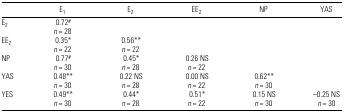
<table><thead><tr><td></td><td><b>E<sub>1</sub></b></td><td><b>E<sub>2</sub></b></td><td><b>EE<sub>2</sub></b></td><td><b>NP</b></td><td><b>YAS</b></td></tr></thead><tbody><tr><td>E<sub>2</sub></td><td>0.72#</td><td></td><td></td><td></td><td></td></tr><tr><td></td><td><i>n</i> = 28</td><td></td><td></td><td></td><td></td></tr><tr><td>EE<sub>2</sub></td><td>0.35*</td><td>0.56**</td><td></td><td></td><td></td></tr><tr><td></td><td><i>n</i> = 22</td><td><i>n</i> = 22</td><td></td><td></td><td></td></tr><tr><td>NP</td><td>0.77#</td><td>0.45*</td><td>0.26 NS</td><td></td><td></td></tr><tr><td></td><td><i>n</i> = 30</td><td><i>n</i> = 28</td><td><i>n</i> = 22</td><td></td><td></td></tr><tr><td>YAS</td><td>0.48**</td><td>0.22 NS</td><td>0.00 NS</td><td>0.62**</td><td></td></tr><tr><td></td><td><i>n</i> = 30</td><td><i>n</i> = 28</td><td><i>n</i> = 22</td><td><i>n</i> = 30</td><td></td></tr><tr><td>YES</td><td>0.49**</td><td>0.44*</td><td>0.51*</td><td>0.15 NS</td><td>−0.25 NS</td></tr><tr><td></td><td><i>n</i> = 30</td><td><i>n</i> = 28</td><td><i>n</i> = 22</td><td><i>n</i> = 30</td><td><i>n</i> = 30</td></tr></tbody></table>